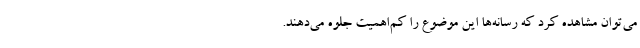
می‌توان مشاهده کرد که رسانه‌ها این موضوع را کم‌اهمیت جلوه می‌دهند.